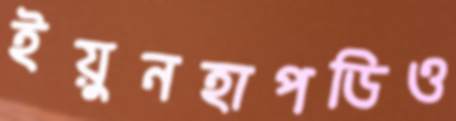
ইয়ুনহাপডিও